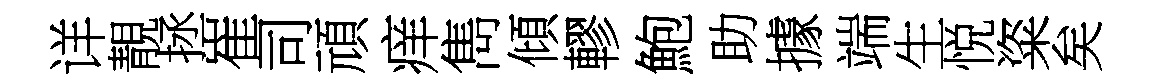
详靚拯崔司頑痒雋傾轇鮑助據端生悦粢矣